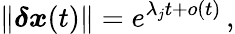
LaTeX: \lVert\boldsymbol{\delta x}(t)\rVert=e^{\lambda_{j}t+o(t)}\, ,